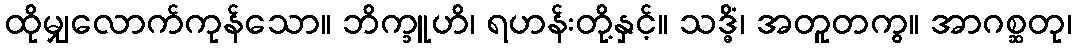
ထိုမျှလောက်ကုန်သော။ ဘိက္ခူဟိ၊ ရဟန်းတို့နှင့်။ သဒ္ဓိံ၊ အတူတကွ။ အာဂစ္ဆတု၊